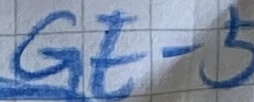
Text: GE-5